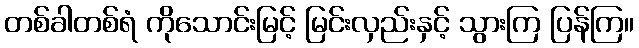
တစ်ခါတစ်ရံ ကိုသောင်းမြင့် မြင်းလှည်းနှင့် သွားကြ ပြန်ကြ။